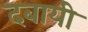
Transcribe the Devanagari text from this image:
दबायी